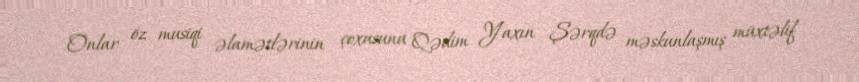
Onlar öz musiqi əlamətlərinin çoxusunu Qədim Yaxın Şərqdə məskunlaşmış müxtəlif